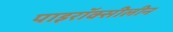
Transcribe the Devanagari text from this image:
पाइरॉक्सीलीन